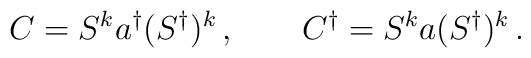
C = S^{k}  a^{\dagger}  (S^{\dagger})^{k} \, , \qquad C^{\dagger} =  S^{k}  a  (S^{\dagger})^{k}\, .